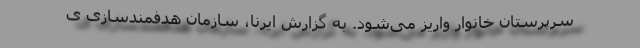
سرپرستان خانوار واریز می‌شود. به گزارش ایرنا، سازمان هدفمندسازی ی